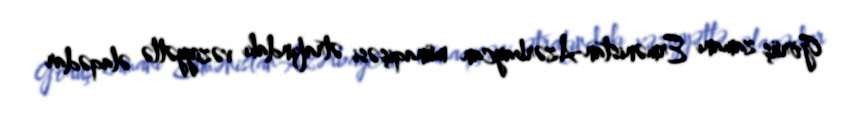
Görüş zamanı Ermənistan-Azərbaycan münaqişəsi ətrafındakı vəziyyətlə əlaqədar